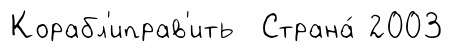
Корабл'иправ'ить Страна́ 2003